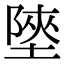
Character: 𡎶